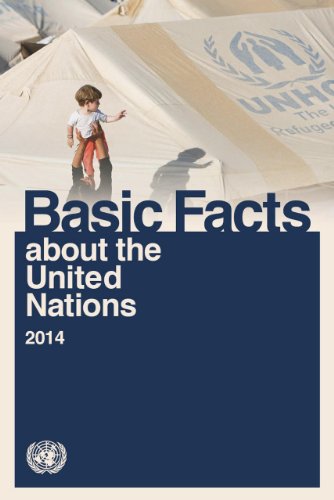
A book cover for Basic Facts about the United Nations 2014; United Nations; Law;